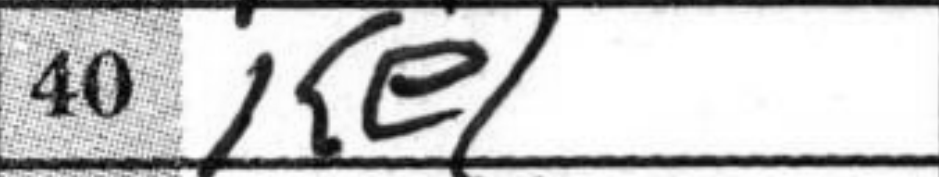
Transcription: Ke1